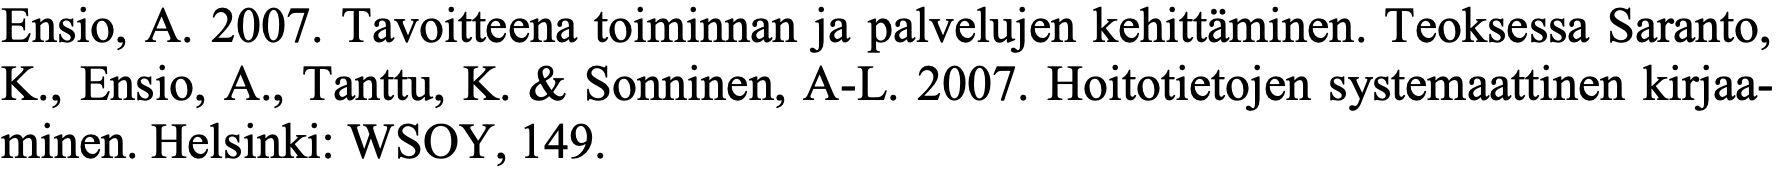
Ensio, A. 2007. Tavoitteena toiminnan ja palvelujen kehittäminen. Teoksessa Saranto, K., Ensio, A., Tanttu, K. & Sonninen, A-L. 2007. Hoitotietojen systemaattinen kirjaa- minen. Helsinki: WSOY, 149.